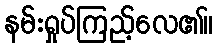
နမ်းရှုပ်ကြည့်လေ၏။